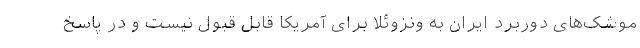
موشک‌های دوربرد ایران به ونزوئلا برای آمریکا قابل قبول نیست و در پاسخ